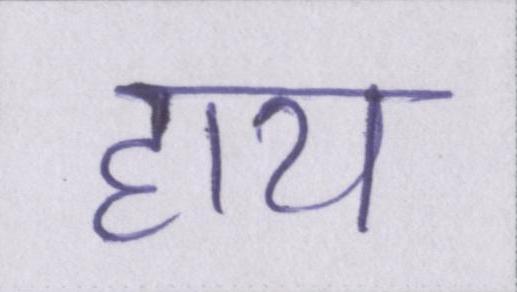
हाय